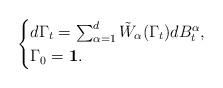
LaTeX: \begin{align*}\begin{cases}d\Gamma_{t}=\sum_{\alpha=1}^{d}\tilde{W}_{\alpha}(\Gamma_{t})dB_{t}^{\alpha},\\\Gamma_{0}=\mathbf{1}.\end{cases}\end{align*}